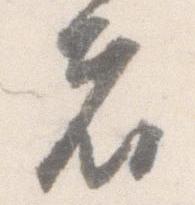
者